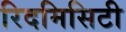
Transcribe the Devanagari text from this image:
रिदमिसिटी